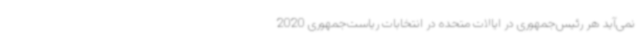
نمی‌آید هر رئیس‌جمهوری در ایالات متحده در انتخابات ریاست‌جمهوری 2020